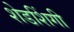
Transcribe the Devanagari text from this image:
शेडशिंगी